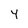
Character: Y